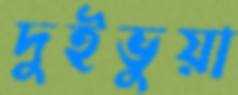
দুইভুয়া